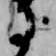
に